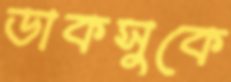
ডাকসুকে